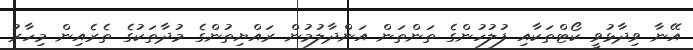
އޭނާ ވިދާޅުވީ ކޯޓްތަކާއި ފުލުހުންގެ ތަންތަން އަންދާލުމުން ރައްޔިތުންގެ މުދާތަކުގެ ތެރެއިން މިހާރު